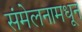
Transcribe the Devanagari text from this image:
संमेलनामधून